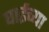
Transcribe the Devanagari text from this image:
घाईच्या